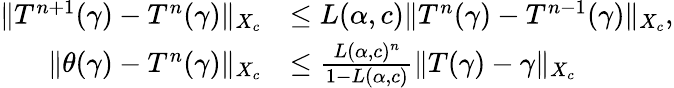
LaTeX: \begin{array}{rl}{\| T^{n+1}(\gamma)-T^{n}(\gamma)\| _{X_{c}}}&{\leq L(\alpha,c)\| T^{n}(\gamma)-T^{n-1}(\gamma)\| _{X_{c}},}\\ {\| \theta(\gamma)-T^{n}(\gamma)\| _{X_{c}}}&{\leq\frac{L(\alpha,c)^{n}}{1-L(\alpha,c)}\| T(\gamma)-\gamma\| _{X_{c}}}\end{array}